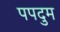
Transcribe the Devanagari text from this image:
पपदुम